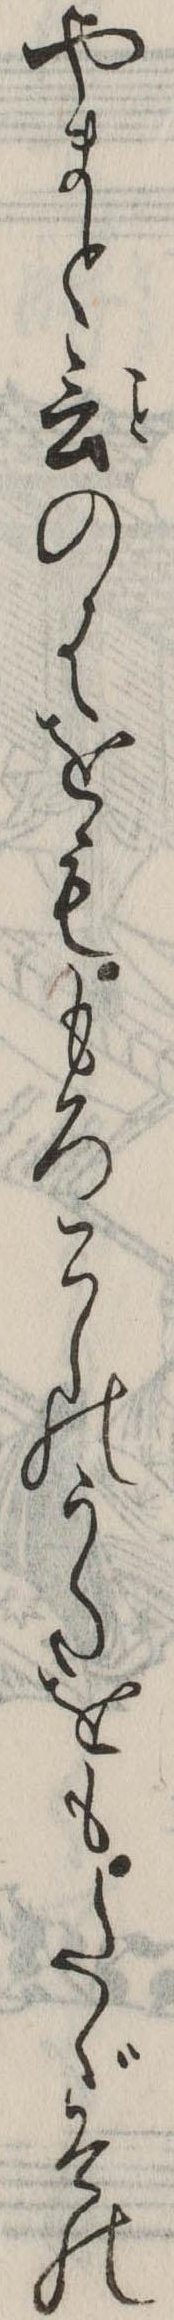
やまと言のはをももろこしのうたをもたゞその